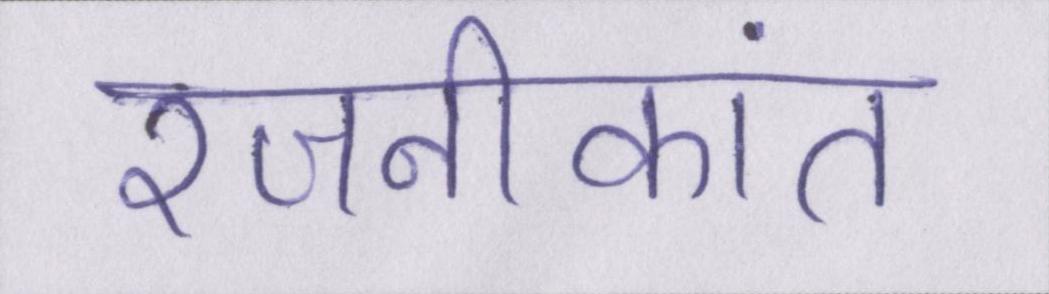
रजनीकांत